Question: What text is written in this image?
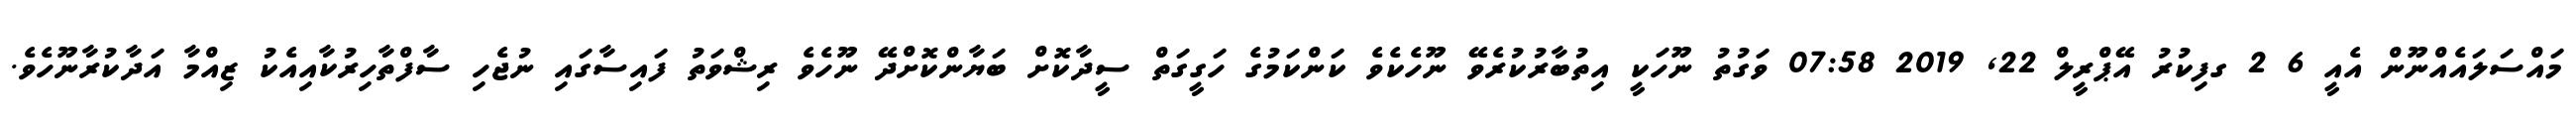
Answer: މައްސަލައެއްނޫން އެއީ 6 2 ގފިކުރު އޭޕްރީލް 22, 2019 07:58 ވަގުތު ނޫހަކީ އިތުބާރުކުރެވޭ ނޫހެކެވެ ކަންކަމުގެ ހަގީގަތް ސީދާކޮށް ބަޔާންކޮށްދޭ ނޫހެވެ ރިޝްވަތު ފައިސާގައި ނުޖެހި ސާފްތާހިރުކާއިއެކު ޒިއްމާ އަދާކުރާނޫހެވެ.